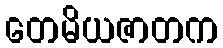
တေမိယဇာတက